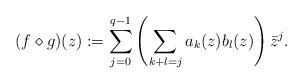
LaTeX: \begin{align*}(f\diamond g)(z):= \sum_{j=0}^{q-1} \left(\sum_{k+l=j} a_k(z) b_l(z)\right)\bar{z}^j.\end{align*}